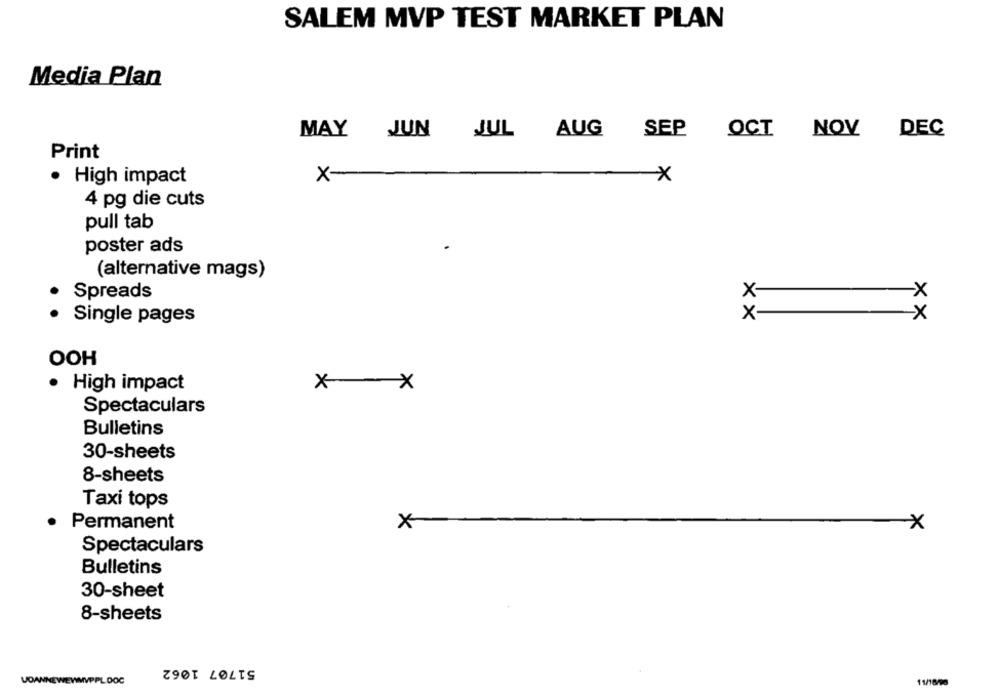
SALEM MVP TEST MARKET PLAN
Media Plan
MAY
JUN
JUL AUG
SEP
OCT NOV
DEC
Print
· High impact
X-
-X
4 pg die cuts
pull tab
poster ads
(alternative mags)
Spreads
X-
-x
Single pages
x
-
-x
OOH
· High impact
x x
Spectaculars
Bulletins
30-sheets
8-sheets
Taxi tops
Permanent
×
Spectaculars
Bulletins
30-sheet
8-sheets
51707 1062
VDANNEWEWMVPPL DOC
11/18/90